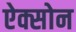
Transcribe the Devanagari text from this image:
ऐक्सोन